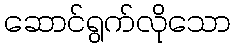
ဆောင်ရွက်လိုသော